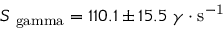
S _ { \mathrm { \ g a m m a } } = 1 1 0 . 1 \pm 1 5 . 5 ~ \gamma \cdot \mathrm { s ^ { - 1 } }